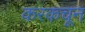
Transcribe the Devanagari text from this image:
करकचून